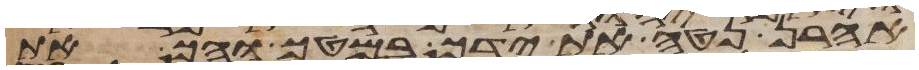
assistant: אהרן נטה את ידך במטך והך את